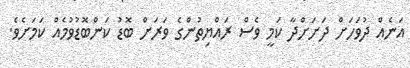
އަނެއް ދުވަހަށް ދަށަށްދާ ކަމީ ވެސް ރައްޔިތުންގެ ވަރަށް ބޮޑު ކަންބޮޑުވުމެއް ކަމަށެވެ.